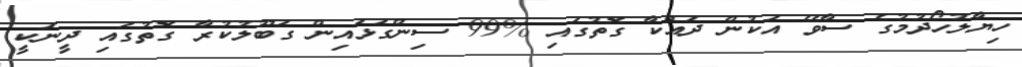
ހިޔާލުހޯދުމުގެ ސާވޭ އަކުން ދައްކާ ގޮތުގައި %99 ސިންގަޅައިން ގަބޫލުކުރާ ގޮތުގައި ދީނަކީ